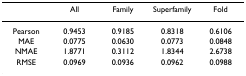
|  | All | Family | Superfamily | Fold |
 | --- | --- | --- | --- | --- |
 | Pearson | 0.9453 | 0.9185 | 0.8318 | 0.6106 |
 | MAE | 0.0775 | 0.0630 | 0.0773 | 0.0848 |
 | NMAE | 1.8771 | 0.3112 | 1.8344 | 2.6738 |
 | RMSE | 0.0969 | 0.0936 | 0.0962 | 0.0988 |